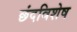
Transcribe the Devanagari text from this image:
छंदविशेष